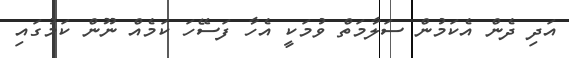
އަދި ދެން އެކަމުން ސަލާމަތް ވުމަކީ އެހާ ފަސޭހަ ކަމެއް ނޫން ކަމުގައި